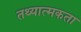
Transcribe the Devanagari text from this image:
तथ्यात्मकता